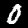
Digit: 0